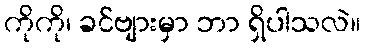
ကိုကို၊ ခင်ဗျားမှာ ဘာ ရှိပါသလဲ။